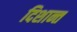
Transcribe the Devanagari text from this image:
दिशान्त